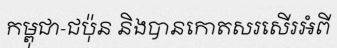
កម្ពុជា-ជប៉ុន និងបានកោតសរសើរអំពី